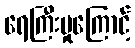
ရေကြီးမှုကြောင့်